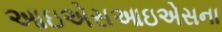
આઇએસઆઇએસના